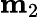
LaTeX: \mathbf{m}_{2}